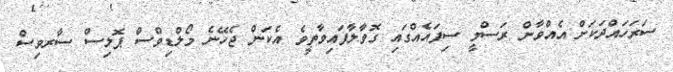
ސަރަހައްދަކަށް އެއްވާން ރަސްމީ ސިފައެއްގައި ގޮވާލާފައިވާތީވެ އެކަން ޖެހޭނެ މޯލްޑިވްސް ޕޮލިސް ސާރވިސް